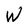
Character: W